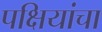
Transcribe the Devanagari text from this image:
पक्षियांचा